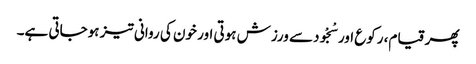
پھر قیام، رکوع اور سْجْودسے ورزش ہوتی اور خون کی روانی تیز ہوجاتی ہے۔